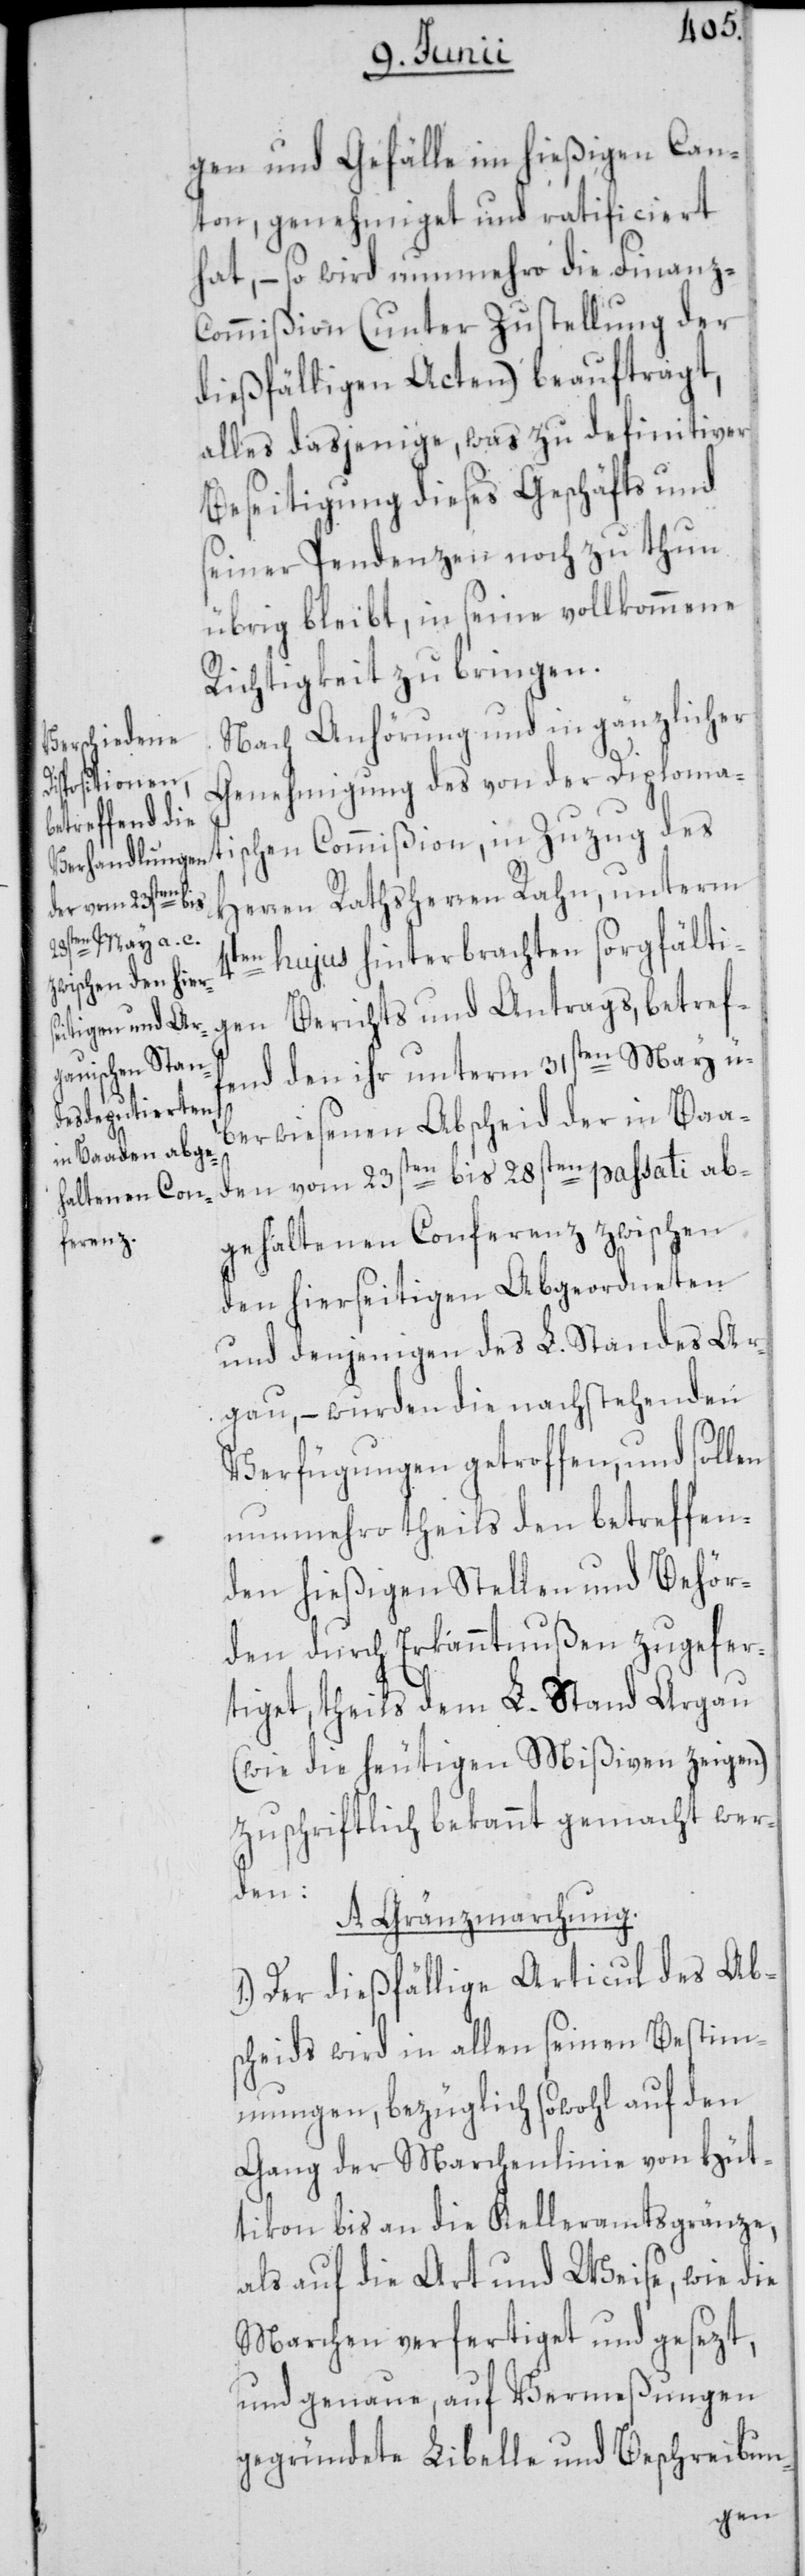
gen und Gefälle im hießigen Can¬
ton, genehmiget und ratificiert
hat, – so wird nunmehro die Finanz-C¬
ommißion (unter Zustellung der
dießfälligen Acten) beauftragt,
alles dasjenige, was zu definitiver
Beseitigung dieses Geschäfts und
seiner Pendenzen noch zu thun
übrig bleibt, in seine vollkommene
Richtigkeit zu bringen.
Nach Anhörung und in gänzlicher
Genehmigung des von der Diplomati¬
schen Commißion, in Zuzug des
Herren Rathsherren Rahn, unterm
4ten hujus hinterbrachten sorgfältig¬
en Berichts und Antrags, betref¬
fend den ihr unterm 31sten May ü¬
berwiesenen Abscheid der in Baa¬
den vom 23sten bis 28sten passati ab¬
gehaltenen Conferenz zwischen
den hierseitigen Abgeordneten
und denjenigen des L. Standes Ar¬
gau, – wurden die nachstehenden
Verfügungen getroffen, und sollen
nunmehro theils den betreffen¬
den hießigen Stellen und Behör¬
den durch Erkanntnußen zugefer¬
tiget, theils dem L. Stand Argau
(wie die heutigen Mißiven zeigen)
zuschriftlich bekannt gemacht wer¬
den:
A. Gränzmarchung.
1.) Der dießfällige Articul des Abs¬
cheids wird in allen seinen Bestim¬
mungen, bezüglich sowohl auf den
Gang der Marchenlinie von Hüt¬
tikon bis an die Kelleramtsgränze,
als auf die Art und Weise, wie die
Marchen verfertiget und gesezt,
und genaue, auf Vermeßungen
gegründete Libelle und Beschreibun-